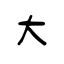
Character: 大